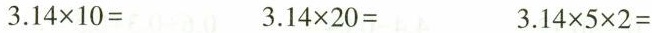
$$3.14 \times 10=$$ $$3.14 \times 20=$$ $$3.14 \times 5 \times 2=$$